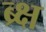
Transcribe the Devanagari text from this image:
ब्र्क्ष